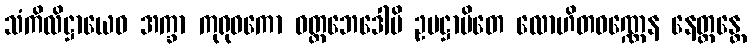
သံကိလိဋ္ဌာယေဝ အက္ခာ ကုရုဝကော ဝတ္တဘေဒေါပိ ဥပဋ္ဌာပိတေ လောဟိတဝဏ္ဏေန နေတ္တန္တေ